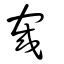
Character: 宬